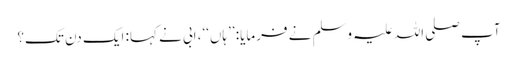
آپ صلی اللہ علیہ وسلم نے فرمایا: ’’ہاں‘‘، ابی نے کہا: ایک دن تک؟